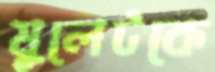
মুলেটকে